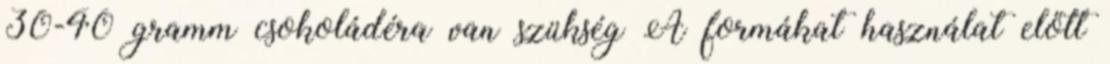
30-40 gramm csokoládéra van szükség A formákat használat előtt